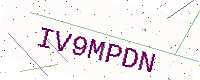
Text: IV9MPDN